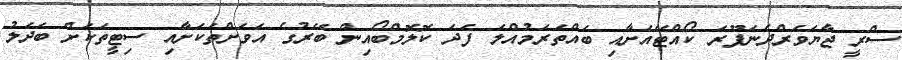
ސްރީ ޖާޔަވަރްދެނަޕޫރަ ކޯއްޓޭއަށާއި ބައްތަރަމުއްލަ ފަދަ ކޮލޮމްބޯއިން ބޭރުގެ އަވަށްތަކަށާއި ސިޓީތަކަށް ބަދަލު